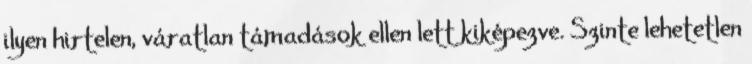
ilyen hirtelen, váratlan támadások ellen lett kiképezve. Szinte lehetetlen